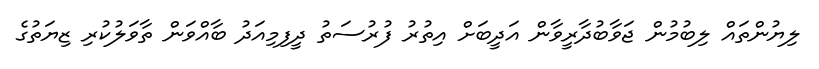
ލިޔުންތައް ލިބުމުން ޖަވާބުދާރީވާން އަދީބަށް އިތުރު ފުރުސަތު ދީފިމިއަދު ބާއްވަން ތާވަލުކުރި ޒިޔަތުގެ